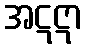
အဋဋာ